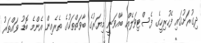
ދިގުރަށުގައި ފެހުރިހީގެ ފެސްޓިވަލެއް ބާއްވަނީ މިޔަރުގެ ބާވަތްތަކުގެ ތެރެއިން އެންމެ ބޮޑު ވައްތަރު